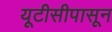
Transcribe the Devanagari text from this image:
यूटीसीपासून